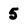
Character: 5